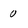
Character: 0